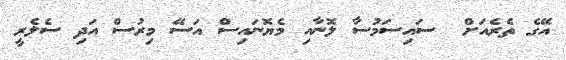
އޭގެ ތެރެއަށް  ސައިސަމުސާ ލޮނާއި މެޔޮނައިސް އަސޭ މިރުސް އަދި ސެލެރީ